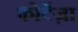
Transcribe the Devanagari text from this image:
फोर्टेज़ा